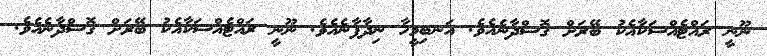
ނޫނީ ރައްޓެއްސަކާއެކު ބޭރަށް ގޮސްދާނެއެެވެ. އަނބިމީހާ ނިދާފާނެއެވެ. ނޫނީ ރައްޓެއްސަކާއެކު ބޭރަށް ގޮސްދާނެއެވެ.